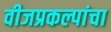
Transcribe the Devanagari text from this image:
वीजप्रकल्पांचा